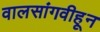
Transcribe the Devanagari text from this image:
वालसांगवीहून